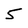
Character: 5